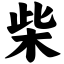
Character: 柴